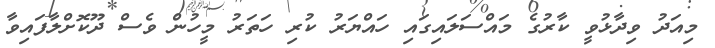
މިއަދު ވިދާޅުވީ ކާރުގެ މައްސަލައިގައި ހައްޔަރު ކުރި ހަތަރު މީހުން ވެސް ދޫކޮށްލާފައިވާ